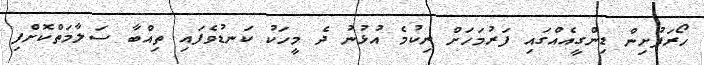
ހޯރަފުށިން ޑިންގީއެއްގައި ފަރުމަހަށް ނިކުމެ އުޅުނު ދެ މީހަކު ކަނޑުވެފައި ތިއްބާ ސަލާމަތްކޮށްފި